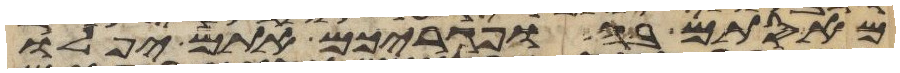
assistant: מאסתם בה ופגריכם אתם יפלו